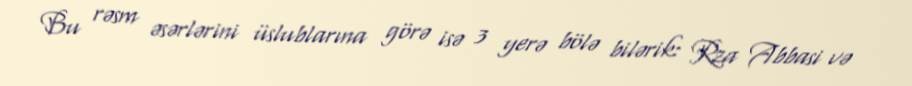
Bu rəsm əsərlərini üslublarına görə isə 3 yerə bölə bilərik: Rza Abbasi və